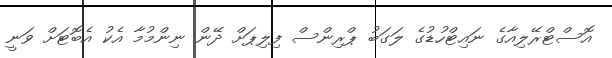
އޮސްޓްރޭލިއާގެ ނައިޓްހުޑުގެ ލަގަބު ޕްރިންސް ފިލިޕަށް ދޭން ނިންމުމާ އެކު އެބޮޓަށް ވަނީ